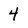
Character: 4